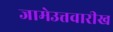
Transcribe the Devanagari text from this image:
जामेउत्तवारीख